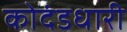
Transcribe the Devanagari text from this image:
कोदंडधारी